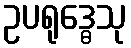
ဥပရုဒ္ဓေသု